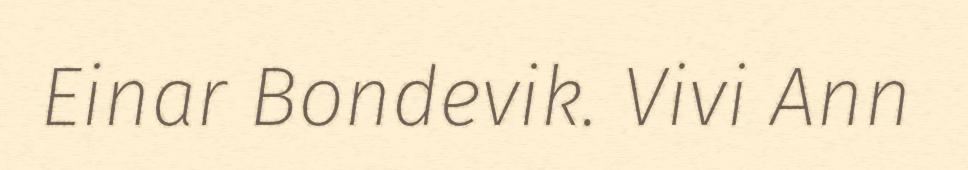
Einar Bondevik. Vivi Ann